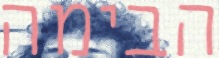
הבימה